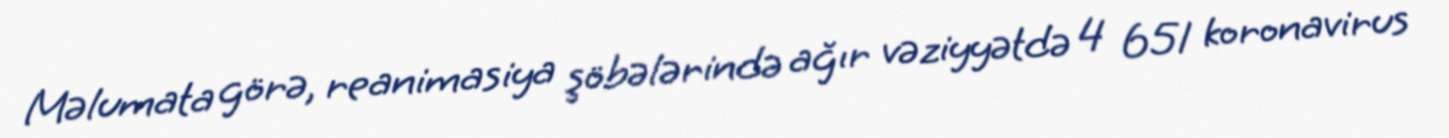
Məlumata görə, reanimasiya şöbələrində ağır vəziyyətdə 4 651 koronavirus